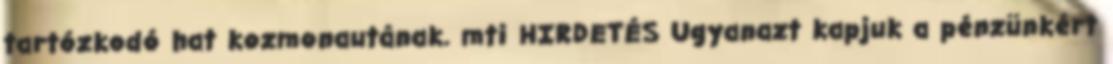
tartózkodó hat kozmonautának. mti HIRDETÉS Ugyanazt kapjuk a pénzünkért